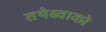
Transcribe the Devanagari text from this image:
तथेक्ष्वाको